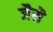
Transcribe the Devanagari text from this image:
जैसॆ